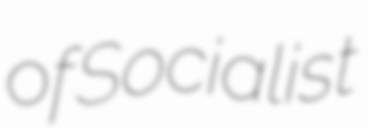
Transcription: of Socialist